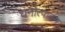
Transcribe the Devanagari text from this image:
धनोत्पादन